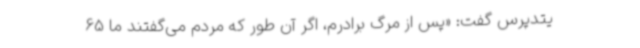
یتدپرس گفت: «پس از مرگ برادرم، اگر آن‌ طور که مردم می‌گفتند ما 65